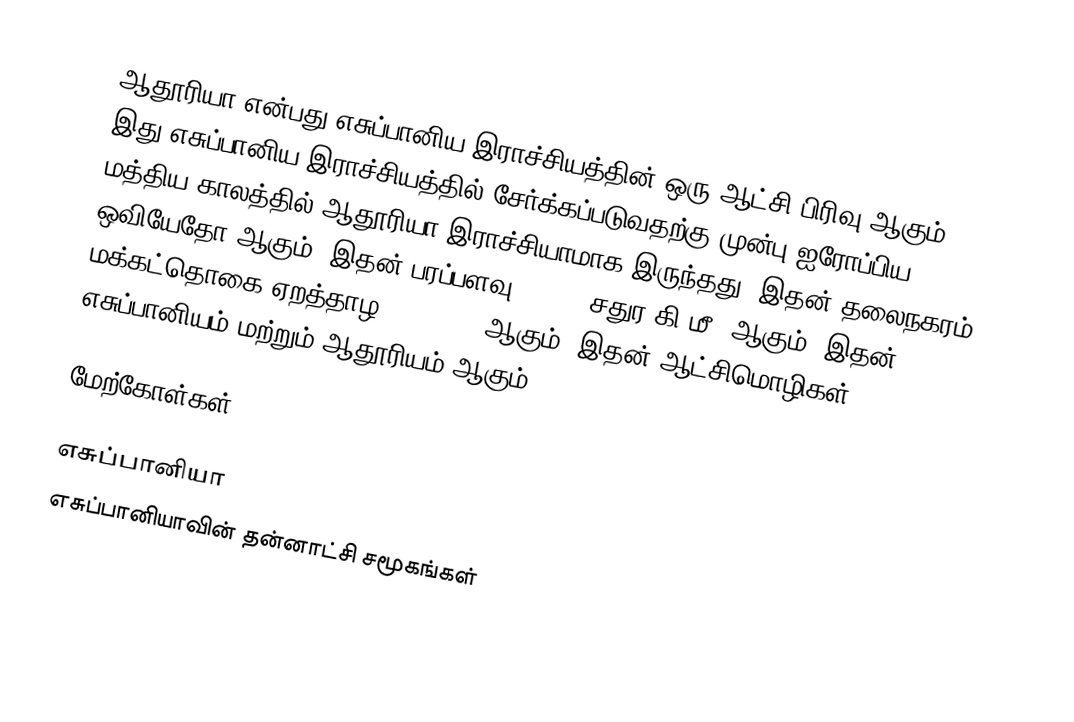
ஆதூரியா என்பது எசுப்பானிய இராச்சியத்தின் ஒரு ஆட்சி பிரிவு ஆகும். இது எசுப்பானிய இராச்சியத்தில் சேர்க்கப்படுவதற்கு முன்பு ஐரோப்பிய மத்திய காலத்தில் ஆதூரியா இராச்சியாமாக இருந்தது. இதன் தலைநகரம் ஒவியேதோ ஆகும். இதன் பரப்பளவு 10,604 சதுர கி.மீ. ஆகும். இதன் மக்கட்தொகை ஏறத்தாழ 1,076,896 ஆகும். இதன் ஆட்சிமொழிகள் எசுப்பானியம் மற்றும் ஆதூரியம் ஆகும்.

மேற்கோள்கள்

எசுப்பானியா
எசுப்பானியாவின் தன்னாட்சி சமூகங்கள்